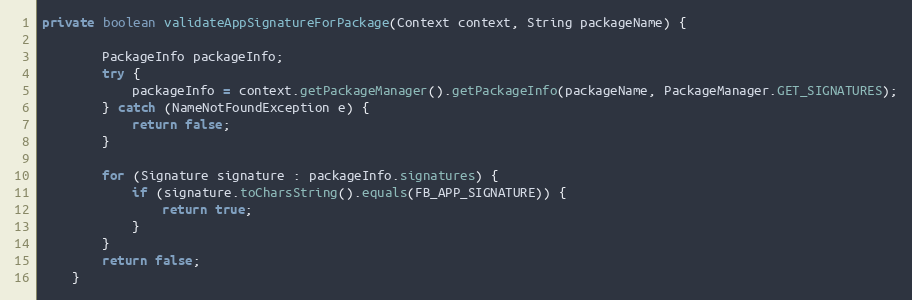
Language: Java
private boolean validateAppSignatureForPackage(Context context, String packageName) {

        PackageInfo packageInfo;
        try {
            packageInfo = context.getPackageManager().getPackageInfo(packageName, PackageManager.GET_SIGNATURES);
        } catch (NameNotFoundException e) {
            return false;
        }

        for (Signature signature : packageInfo.signatures) {
            if (signature.toCharsString().equals(FB_APP_SIGNATURE)) {
                return true;
            }
        }
        return false;
    }